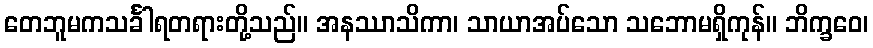
တေဘူမကသင်္ခါရတရားတို့သည်။ အနဿာသိကာ၊ သာယာအပ်သော သဘောမရှိကုန်။ ဘိက္ခဝေ၊